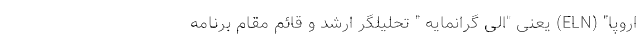
اروپا" (ELN) یعنی "الی گرانمایه " تحلیلگر ارشد و قائم مقام برنامه